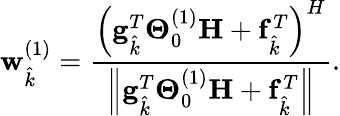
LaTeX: \mathbf{w}_{\hat{k}}^{(1)}=\frac{\Bigl(\mathbf{g}_{\hat{k}}^{T}\boldsymbol{\Theta}_{0}^{(1)}\mathbf{H}+\mathbf{f}_{\hat{k}}^{T}\Bigr)^{H}}{\Bigl\| \mathbf{g}_{\hat{k}}^{T}\boldsymbol{\Theta}_{0}^{(1)}\mathbf{H}+\mathbf{f}_{\hat{k}}^{T}\Bigr\| }.